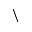
\backslash